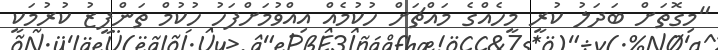
"މިގޮތަށް ބަދަލު ކުރީ މީހެއްގެ މައްޗަށް ހުކުމެއް އިއްވުމަށްފަހު ހުކުމް ތަންފީޒު ކުރުމަކީ